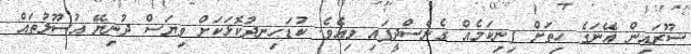
ސޫރައިން އޭނަގެ ހިތަށް ފިނިކަމެއް ގެނެސްދީފައި ވިއެވެ. ކުޑަހިނދުކޮޅަކަށް ވިޔަސް ދުނިޔޭ އުސޫލުތައް